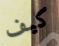
كيف